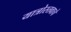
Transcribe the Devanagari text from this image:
यात्रोस्तवाचे